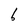
Character: l